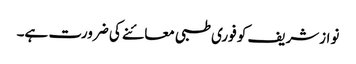
نوازشریف کو فوری طبی معائنے کی ضرورت ہے۔